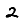
Digit: 2